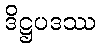
ဒိဋ္ဌပဒဿ